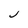
Character: J